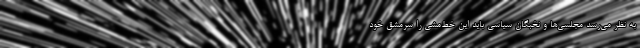
به نظر می‌رسد مجلسی‌ها و نخبگان سیاسی باید این خط‌مشی را سرمشق خود